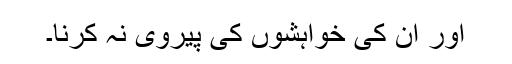
اور ان کی خواہشوں کی پیروی نہ کرنا۔